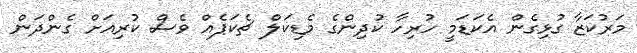
މަރުކަޒާ ގުޅިގެން އެކަޑަމީ ހުރިހާ ކުދިންގެ މެޑިކަލް ޗެކަޕެއް ވެސް ކުރިއަށް ގެންދަން